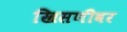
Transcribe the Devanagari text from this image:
खिसणीवर